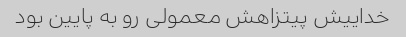
خداییش پیتزاهش معمولی رو به پایین بود